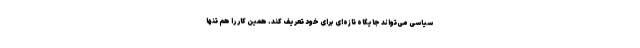
سیاسی می‌تواند جایگاه تازه‌ای برای خود تعریف کند. همین کار را هم تنها